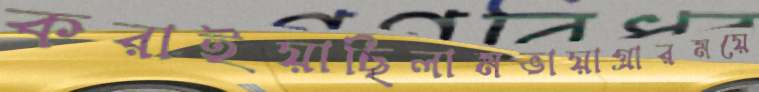
করাইয়াছিলামভায়াগ্রারময়ে